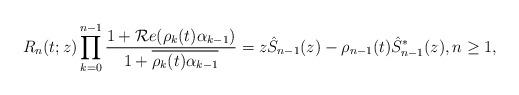
LaTeX: \begin{align*} R_n(t;z) \prod_{k=0}^{n-1} \frac{ 1 + \mathcal{R}e(\rho_{k}(t)\alpha_{k-1})}{1 + \overline{\rho_{k}(t) \alpha_{k-1}}} = z\hat{S}_{n-1}(z) - \rho_{n-1}(t)\hat{S}_{n-1}^{\ast}(z), n \geq 1,\end{align*}